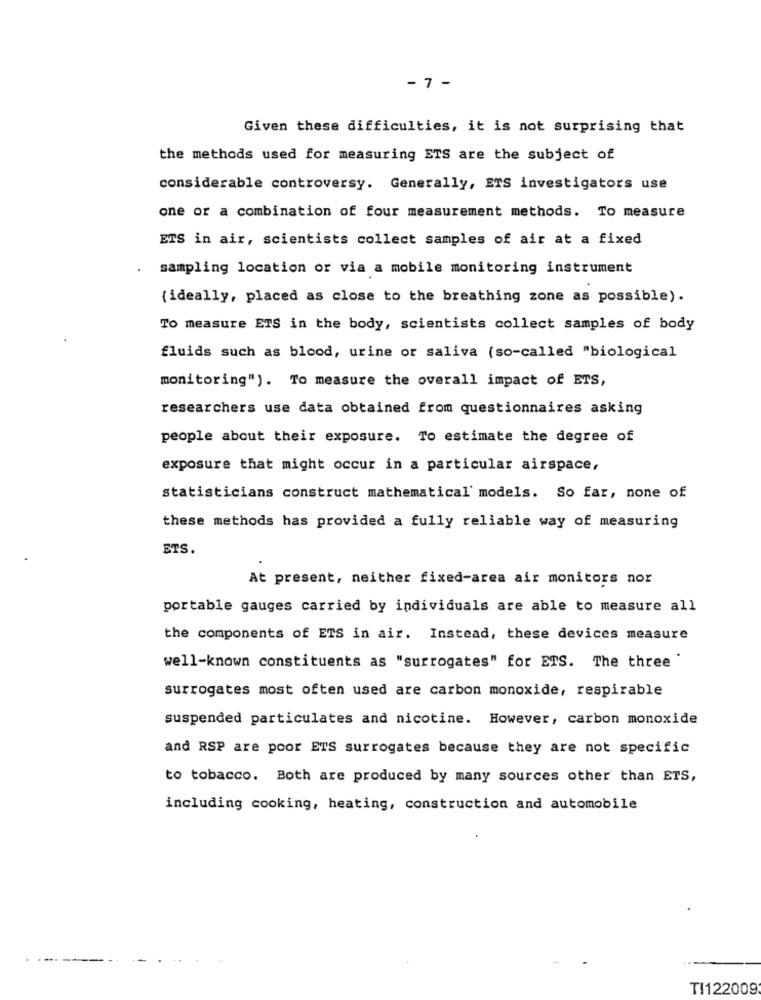
- 7 -
Given these difficulties, it is not surprising that
the methods used for measuring ETS are the subject of
considerable controversy. Generally, ETS investigators use
one or a combination of four measurement methods. To measure
ETS in air, scientists collect samples of air at a fixed
sampling location or via a mobile monitoring instrument
( ideally, placed as close to the breathing zone as possible).
To measure ETS in the body, scientists collect samples of body
fluids such as blood, urine or saliva (so-called "biological
monitoring"). To measure the overall impact of ETS,
researchers use data obtained from questionnaires asking
people about their exposure. To estimate the degree of
exposure that might occur in a particular airspace,
statisticians construct mathematical' models. So far, none of
these methods has provided a fully reliable way of measuring
ETS.
At present, neither fixed-area air monitors nor
portable gauges carried by individuals are able to measure all
the components of ETS in air. Instead, these devices measure
well-known constituents as "surrogates" for ETS. The three "
surrogates most often used are carbon monoxide, respirable
suspended particulates and nicotine. However, carbon monoxide
and RSP are poor ETS surrogates because they are not specific
to tobacco. Both are produced by many sources other than ETS,
including cooking, heating, construction and automobile
TI122009